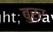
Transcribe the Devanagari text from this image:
बुर्र